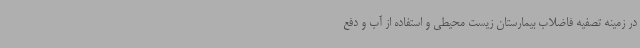
در زمینه تصفیه فاضلاب بیمارستان زیست محیطی و استفاده از آب و دفع